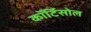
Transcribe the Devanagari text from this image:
कॉर्टिसोल